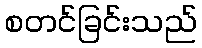
စတင်ခြင်းသည်